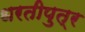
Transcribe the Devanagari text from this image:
धरतीपुत्र